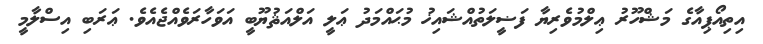
އިތިއޯޕިއާގެ މަޝްހޫރު ޢިލްމުވެރިޔާ ފަޟީލަތުއްޝައިޚު މުޙައްމަދު ޢަލީ އަލްއަޘުޔޫބީ އަވަހާރަވެއްޖެއެވެ. ޢަރަބި އިސްލާމީ